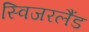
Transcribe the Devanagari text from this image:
स्विजरलैंड